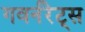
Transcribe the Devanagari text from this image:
गवर्नरेट्स